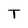
Character: T